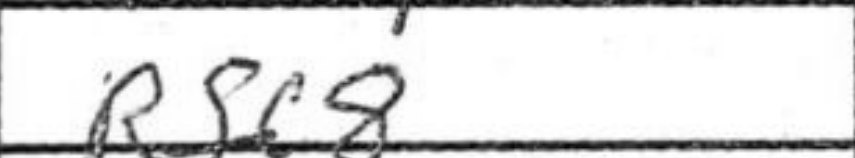
Transcription: Rfc8